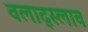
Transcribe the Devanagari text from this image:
वलाद्स्लाव